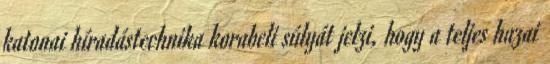
katonai híradástechnika korabeli súlyát jelzi, hogy a teljes hazai